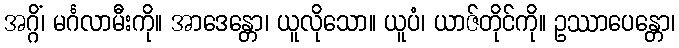
အဂ္ဂိံ၊ မင်္ဂလာမီးကို။ အာဒေန္တော၊ ယူလိုသော။ ယူပံ၊ ယာဇ်တိုင်ကို။ ဥဿာပေန္တော၊